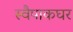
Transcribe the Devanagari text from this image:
स्वैपाकघर